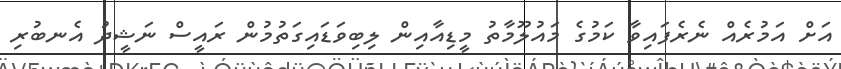
އަށް އަމުރެއް ނެރެފައިވާ ކަމުގެ މައުލޫމާތު މީޑިއާއިން ލިބިވަޑައިގަތުމުން ރައީސް ނަޝީދު އެނބުރި